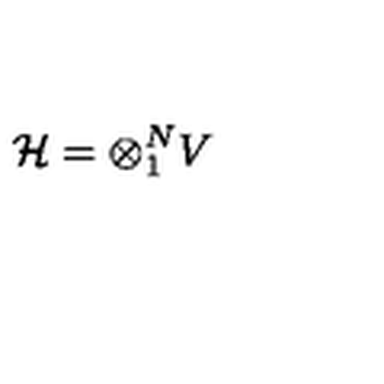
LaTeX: { \cal H } = \otimes _ { 1 } ^ { N } V